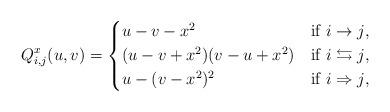
LaTeX: \begin{align*} Q^x_{i,j}(u,v) = \begin{cases*} u-v-x^2 & if $i\to j$,\\ (u-v+x^2)(v-u+x^2) & if $i\leftrightarrows j$,\\ u-(v-x^2)^2 & if $i\Rightarrow j$, \end{cases*} \end{align*}